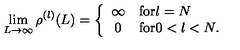
\lim _ { L \rightarrow \infty } \rho ^ { ( l ) } ( L ) = \left\{ \begin{array} { c l } { \infty } & { \mathrm { f o r } l = N } \\ { 0 } & { \mathrm { f o r } 0 < l < N . } \\ \end{array} \right.